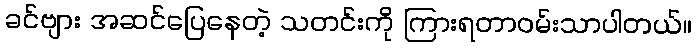
ခင်ဗျား အဆင်ပြေနေတဲ့ သတင်းကို ကြားရတာဝမ်းသာပါတယ်။